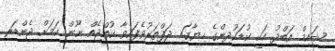
ޝައިމް އަބްދު އަކީ ކުޑަކުދިންގެ ހިޔާގައި ދަފްތަރުވެފައިވާ ކުއްޖެއް ނޫން ކަމަށް ޖެންޑަރ